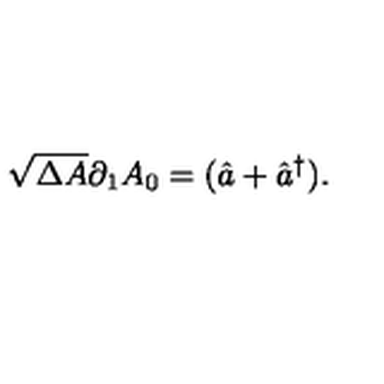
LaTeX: \sqrt { \Delta A } \partial _ { 1 } A _ { 0 } = ( \hat { a } + \hat { a } ^ { \dag } ) .